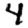
Digit: 4